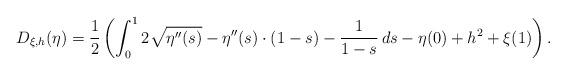
LaTeX: \begin{align*}D_{\xi,h}(\eta)=\frac{1}{2}\left(\int_{0}^{1}2\sqrt{\eta''(s)}-\eta''(s)\cdot(1-s)-\frac{1}{1-s}\, ds-\eta(0)+h^{2}+\xi(1)\right).\end{align*}